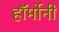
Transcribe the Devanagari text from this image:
हॉर्मोनी